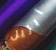
آبريل